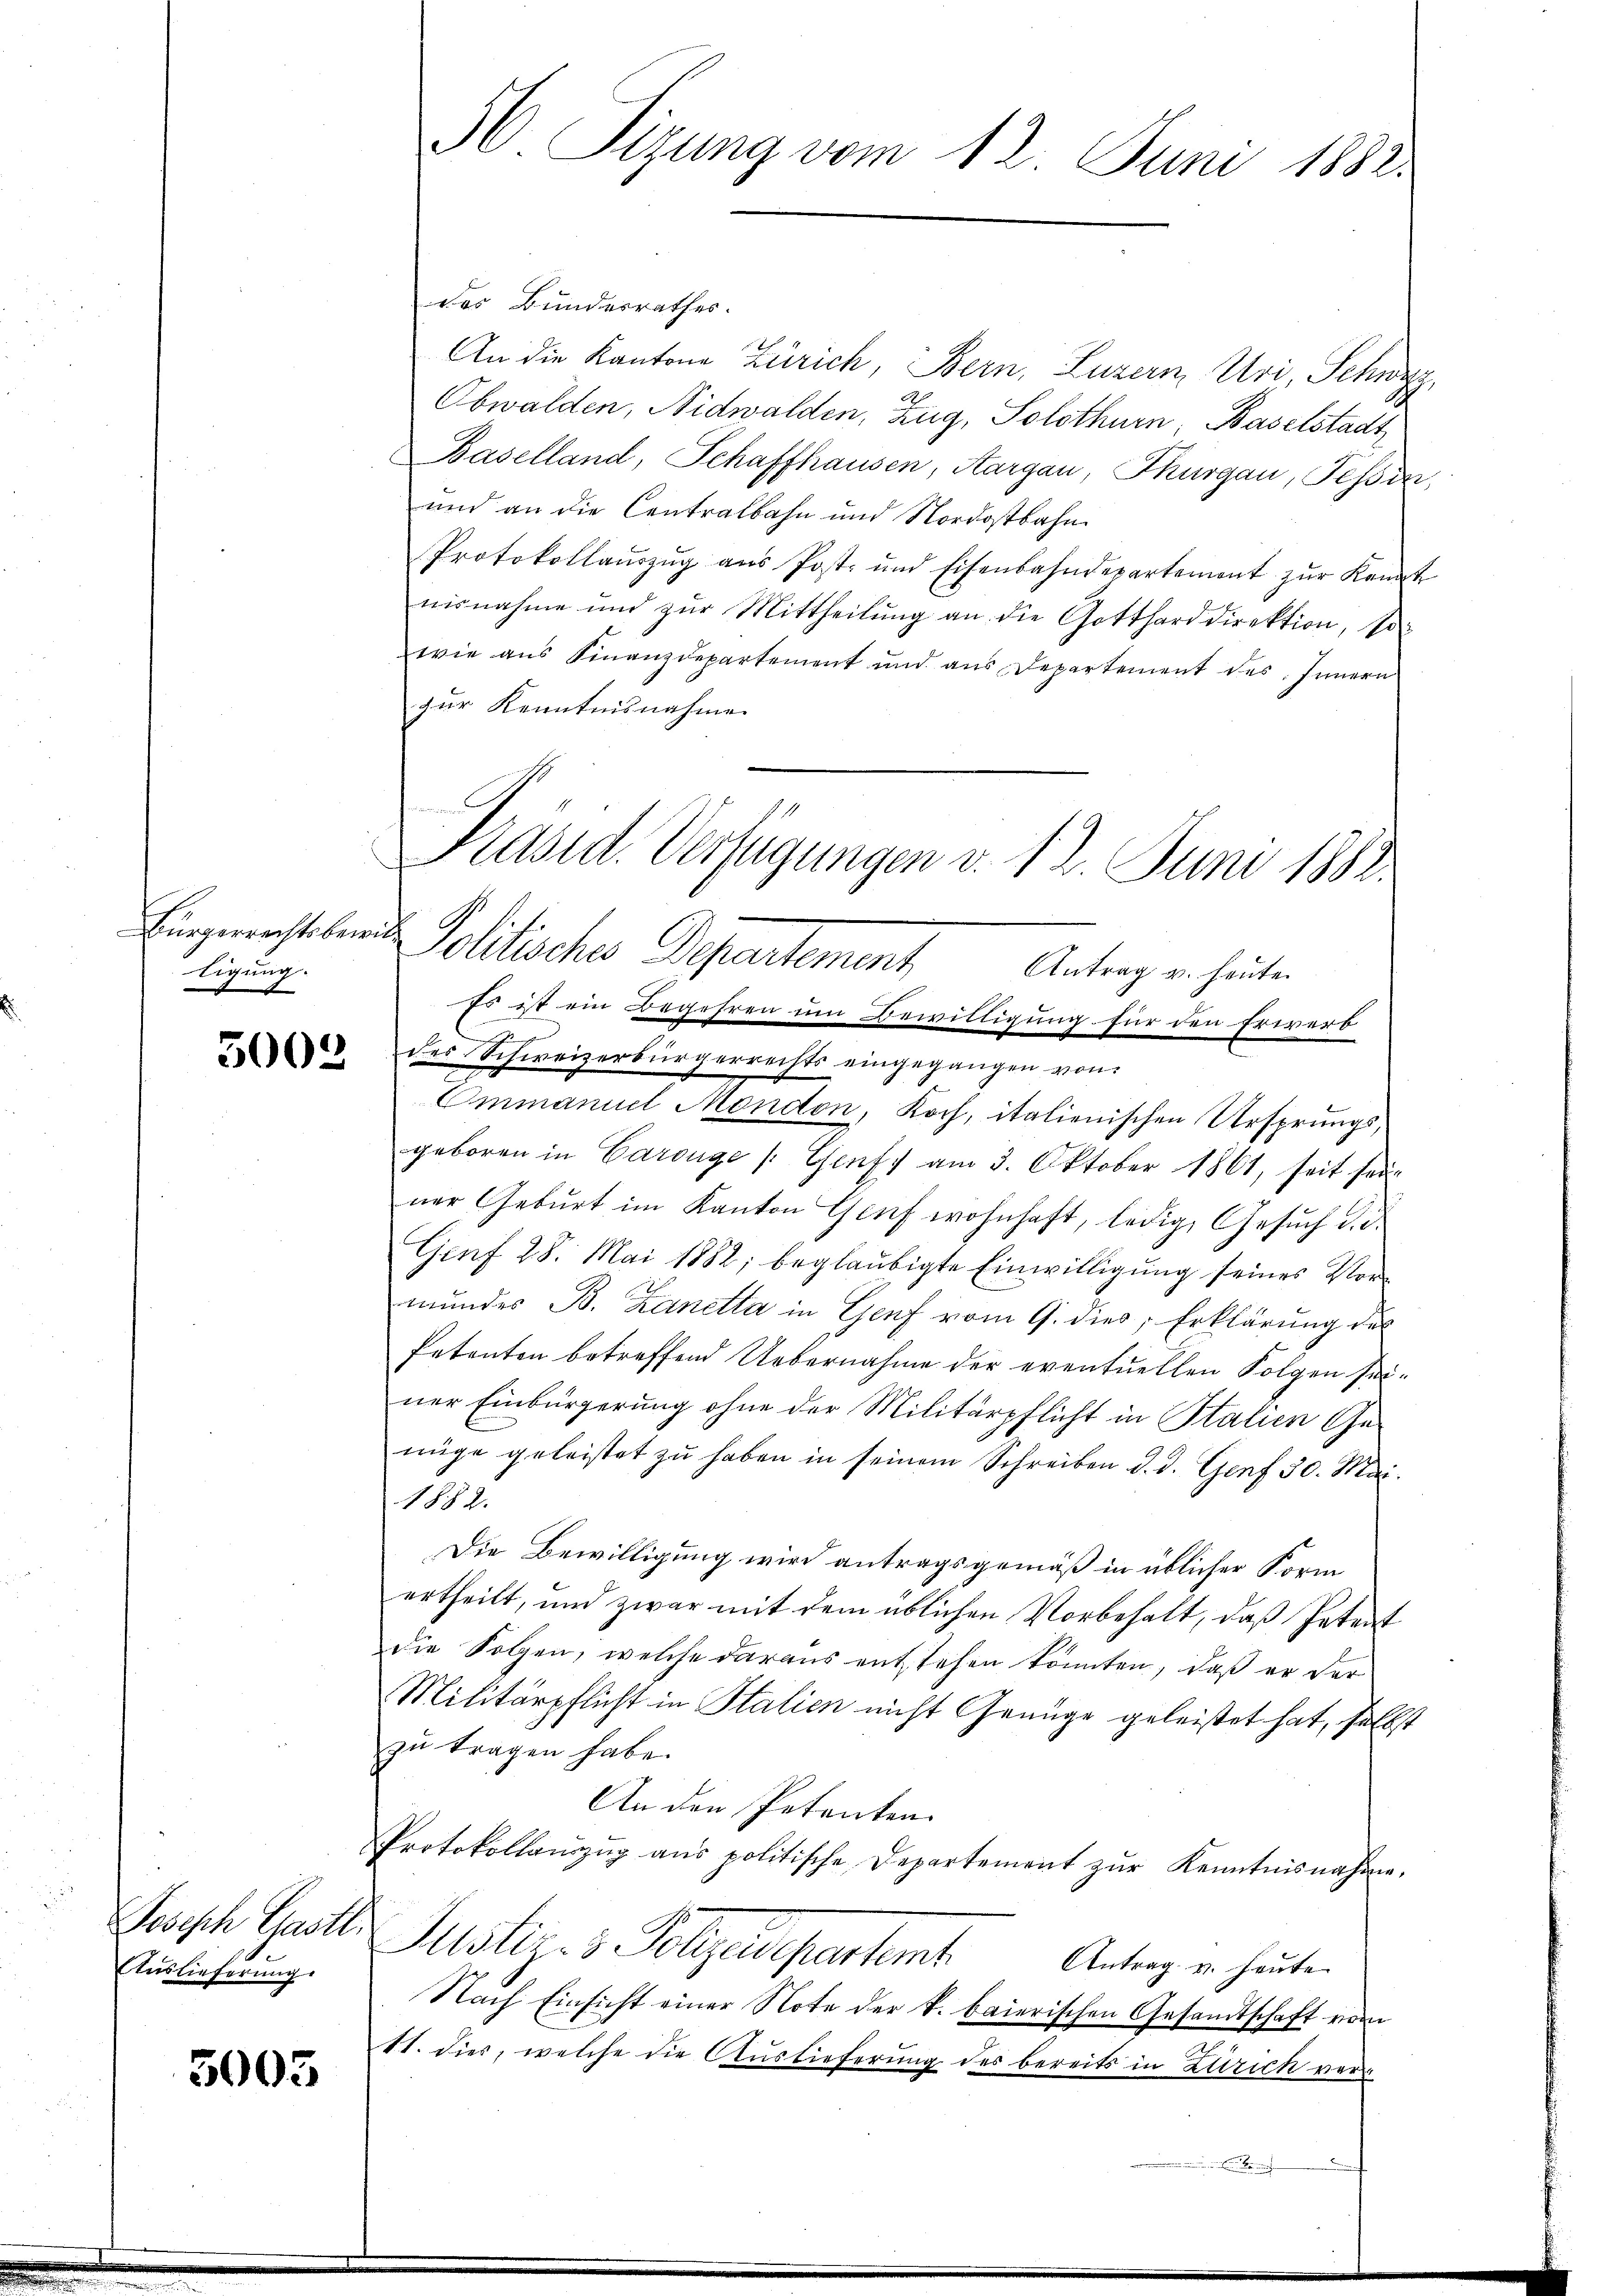
Bürgerrechtsber
tigung.
.

5003

Joseph Gastl.
Auslieferung.

3005

H. Tizung vom 12. Juni 1882.

des Bundesrathes.
An die Kantone Zürich, Bern, Luzern, Uri, Schwyz,
Obwalden, Nidwalden, Zug, Solothurn, Baselstadt
Baselland, Schaffhausen, Aargau, Thurgau, Tessin,
und an die Centralbahn und Nordostbahn
Protokollauszug aus Post- und Eisenbahndepartemont zŭr Kennt
nisnahme und zur Mittheilung an die Gotthard direktion, so
wie aus Finanzdepartement und aus Departement des Innern
zur Kenntnisnahme
e

geboren in Carouge (Genf) am 3. Oktober 1861, seit sei-
ner Geburt im Kanton Genf wohnhaft, ledig, Gesuch d. d.
Genf 28. Mai 1882; beglaubigte Einwilligung seines Vormundes B. Zanella in Genf vom 9. dies, Erklärung des
Petenten betreffend Uebernahme der eventuellen Folgen seiner Einbürgerung ohne der Militärpflicht in Stalien Ge-
nüge geleistet zŭ haben in seinem Schreiben d. d. Genf 30. Mai.
1882.
Die Bewilligung wird antragsgemäß in üblicher Form
ertheilt, und zwar mit dem üblichen Vorbehalt, daß Petent
die Folgen, welche daraus entstehen könnten, daß er der
Militärpflicht in Italien nicht Genüge geleistet hat, selbst
zu tragen habe.
An den Petenten.
Protokollaŭszŭg ans politische Departement zŭr Kenntnisnahme.
Justiz- & Polizeidepartem Antrag u. heuten
Nach Einsicht einer Note der k. baierischen Gesandtschaft vom
S. dies, welche die Auslieferung des bereits in Zürich ver¬

Präsid. Verfügungen v. 12. Juni 1888.
B
Politische Departement
Antrag u. heute
Es ist ein Begehren um Bewilligung für den Erwerb
des Schweizerbürgerrechts eingegangen von
Emmanuel Mondon, Koch, italienischen Ursprungs¬